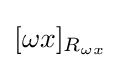
[\omega x]_{R_{\omega x}}